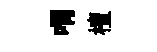
喟檀